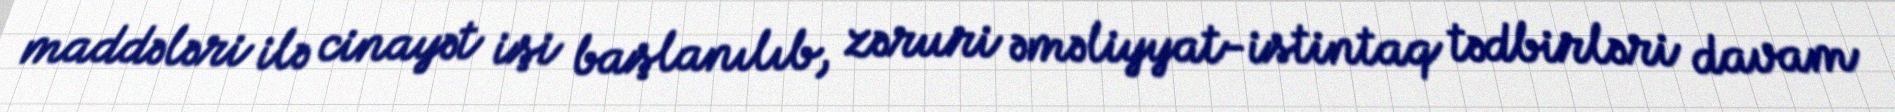
maddələri ilə cinayət işi başlanılıb, zəruri əməliyyat-istintaq tədbirləri davam